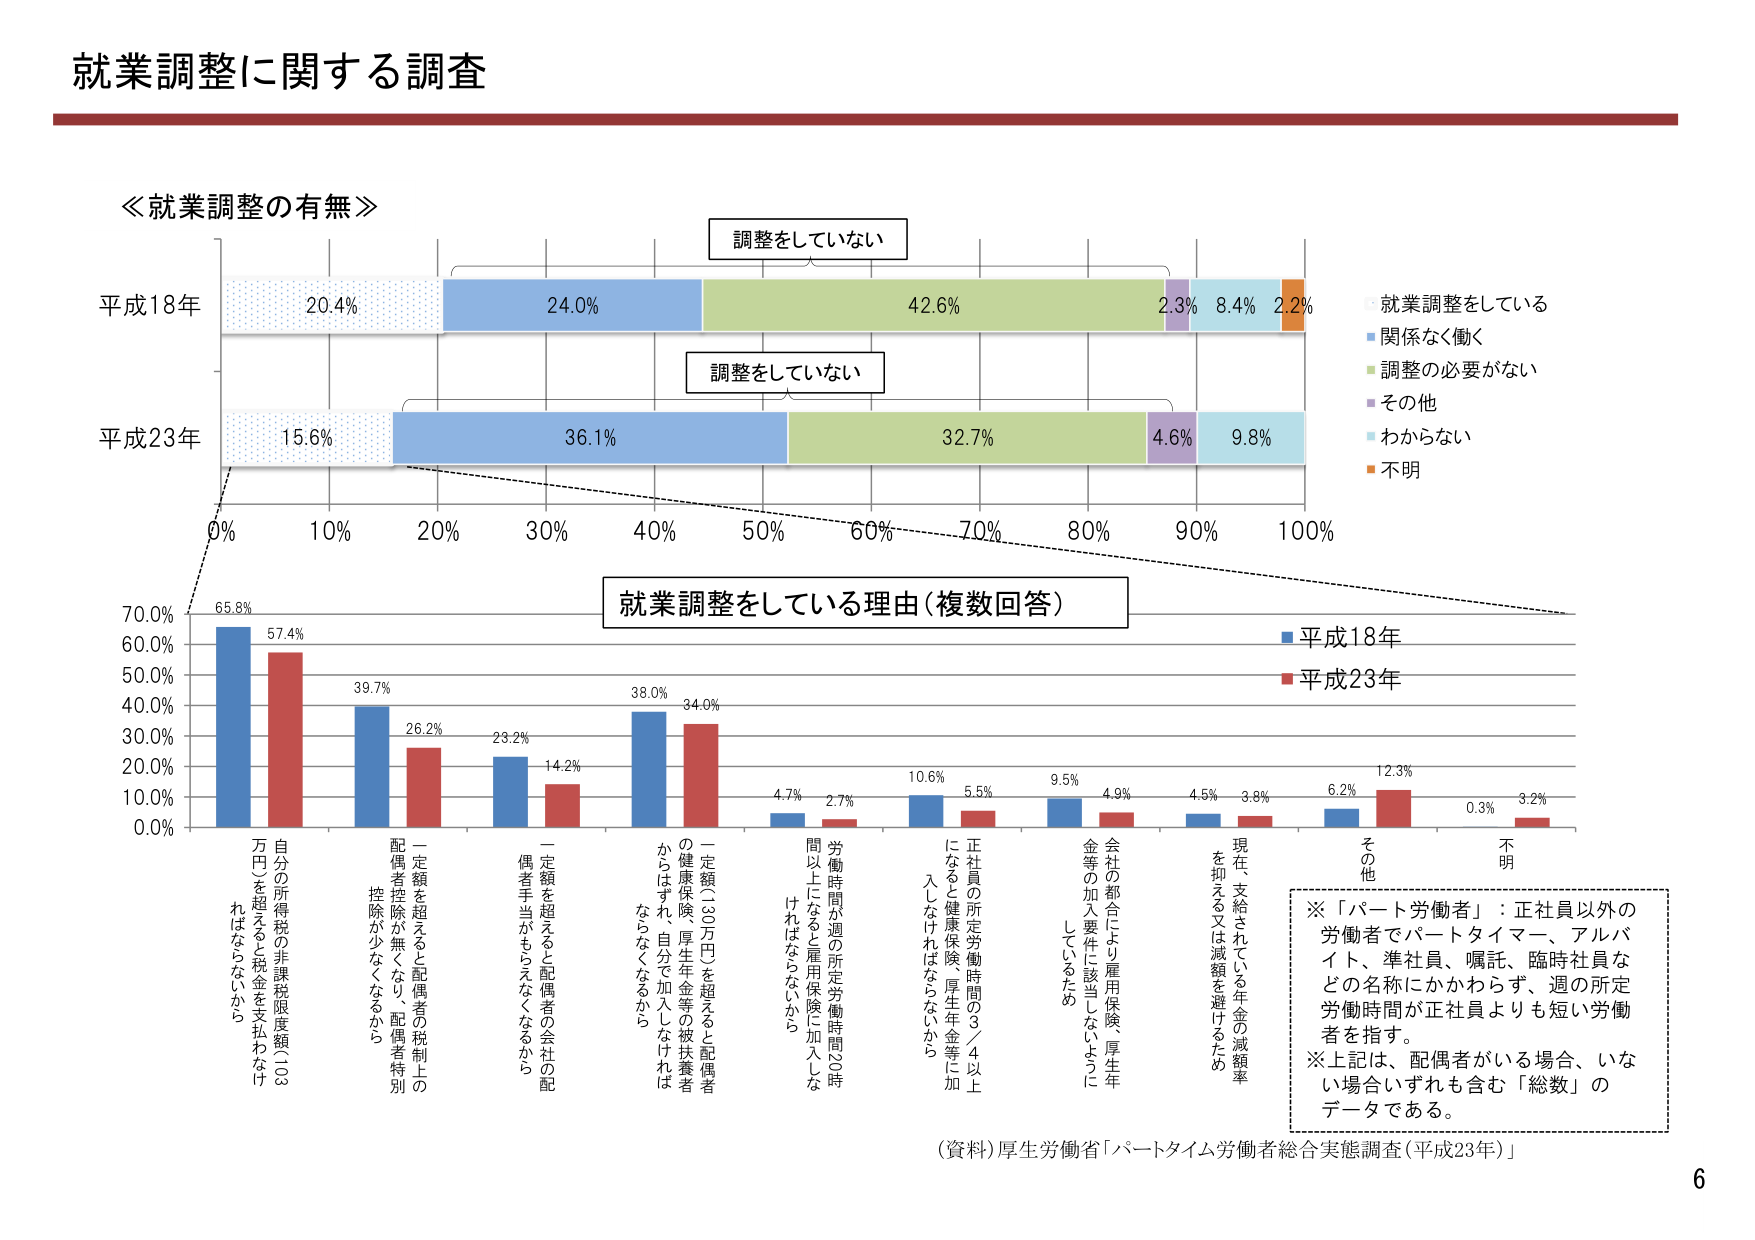
就業調整に関する調査

≪就業調整の有無≫

平成18年
20.4% 24.0% 42.6% 2.3% 8.4% 2.2%
調整をしていない

平成23年
15.6% 36.1% 32.7% 4.6% 9.8%
調整をしていない

就業調整をしている
関係なく働く
調整の必要がない
その他
わからない
不明

就業調整をしている理由（複数回答）

平成18年
平成23年

65.8% 57.4%
39.7% 26.2%
23.2% 14.2%
38.0% 34.0%
4.7% 2.7%
10.6% 5.5%
9.5% 4.9%
4.5% 3.8%
6.2% 12.3%
0.3% 3.2%

自分の所得税の非課税限度額（103万円）を超えると税金を支払わなければならないから
配偶者控除が無くなり、配偶者特別控除が少なくななるから
一定額を超えると配偶者の会社の配偶者手当がもらえなくなるから
一定額（103万円）を超えると配偶者の健康保険、厚生年金等の被扶養者からはずれ、自分で加入しなければならなくなるから
労働時間が週の所定労働時間（3時間以上になると雇用保険に加入しなければならないから
正社員の所定労働時間の3／4以上になると健康保険、厚生年金等に加入しなければならないから
会社の都合により雇用保険、厚生年金等の加入要件に該当しないようにしているため
現在支給されている年金の減額率を抑える又は減額を避けるため
その他
不明

※「パート労働者」：正社員以外の労働者でパートタイマー、アルバイト、準社員、嘱託、臨時社員などの名称にかかわらず、週の所定労働時間が正社員よりも短い労働者を指す。
※上記は、配偶者がいる場合、いない場合いずれも含む「総数」のデータである。

（資料）厚生労働省「パートタイム労働者総合実態調査（平成23年）」

6